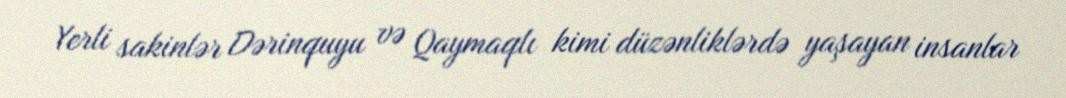
Yerli sakinlər Dərinquyu və Qaymaqlı kimi düzənliklərdə yaşayan insanlar